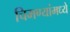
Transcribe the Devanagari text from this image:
चिमण्यांमध्ये